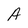
Character: A